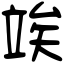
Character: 竢